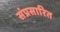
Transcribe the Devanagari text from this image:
संप्रसारित